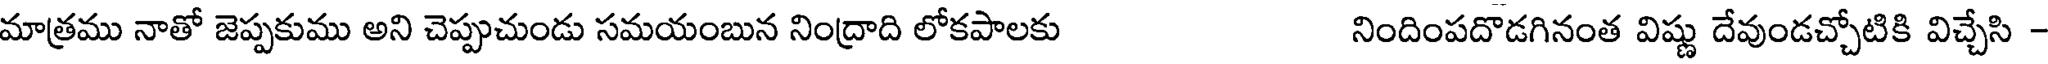
మాత్రము నాతో జెప్పకుము అని చెప్పుచుండు సమయంబున నింద్రాది లోకపాలకు నిందింపదొడగినంత విష్ణు దేవుండచ్చోటికి విచ్చేసి -